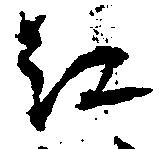
江